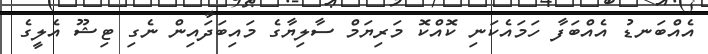
އެއްބަނޑު އެއްބަފާ ހަމައެކަނި ކޮއްކޮ މަރިޔަމް ސާލިޔާގެ މައިބަދައިން ނެގި ޓިޝޫ އެލީގެ